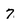
Character: 7